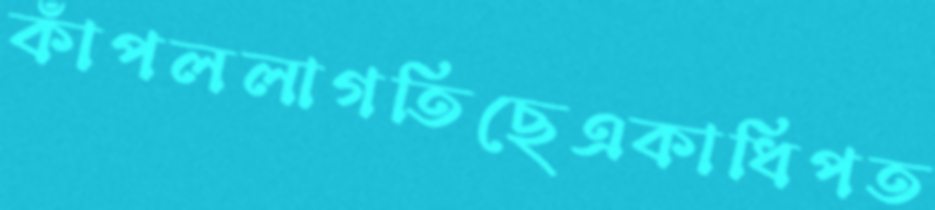
কাঁপললাগতিছেএকাধিপত